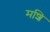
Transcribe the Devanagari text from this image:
मशि